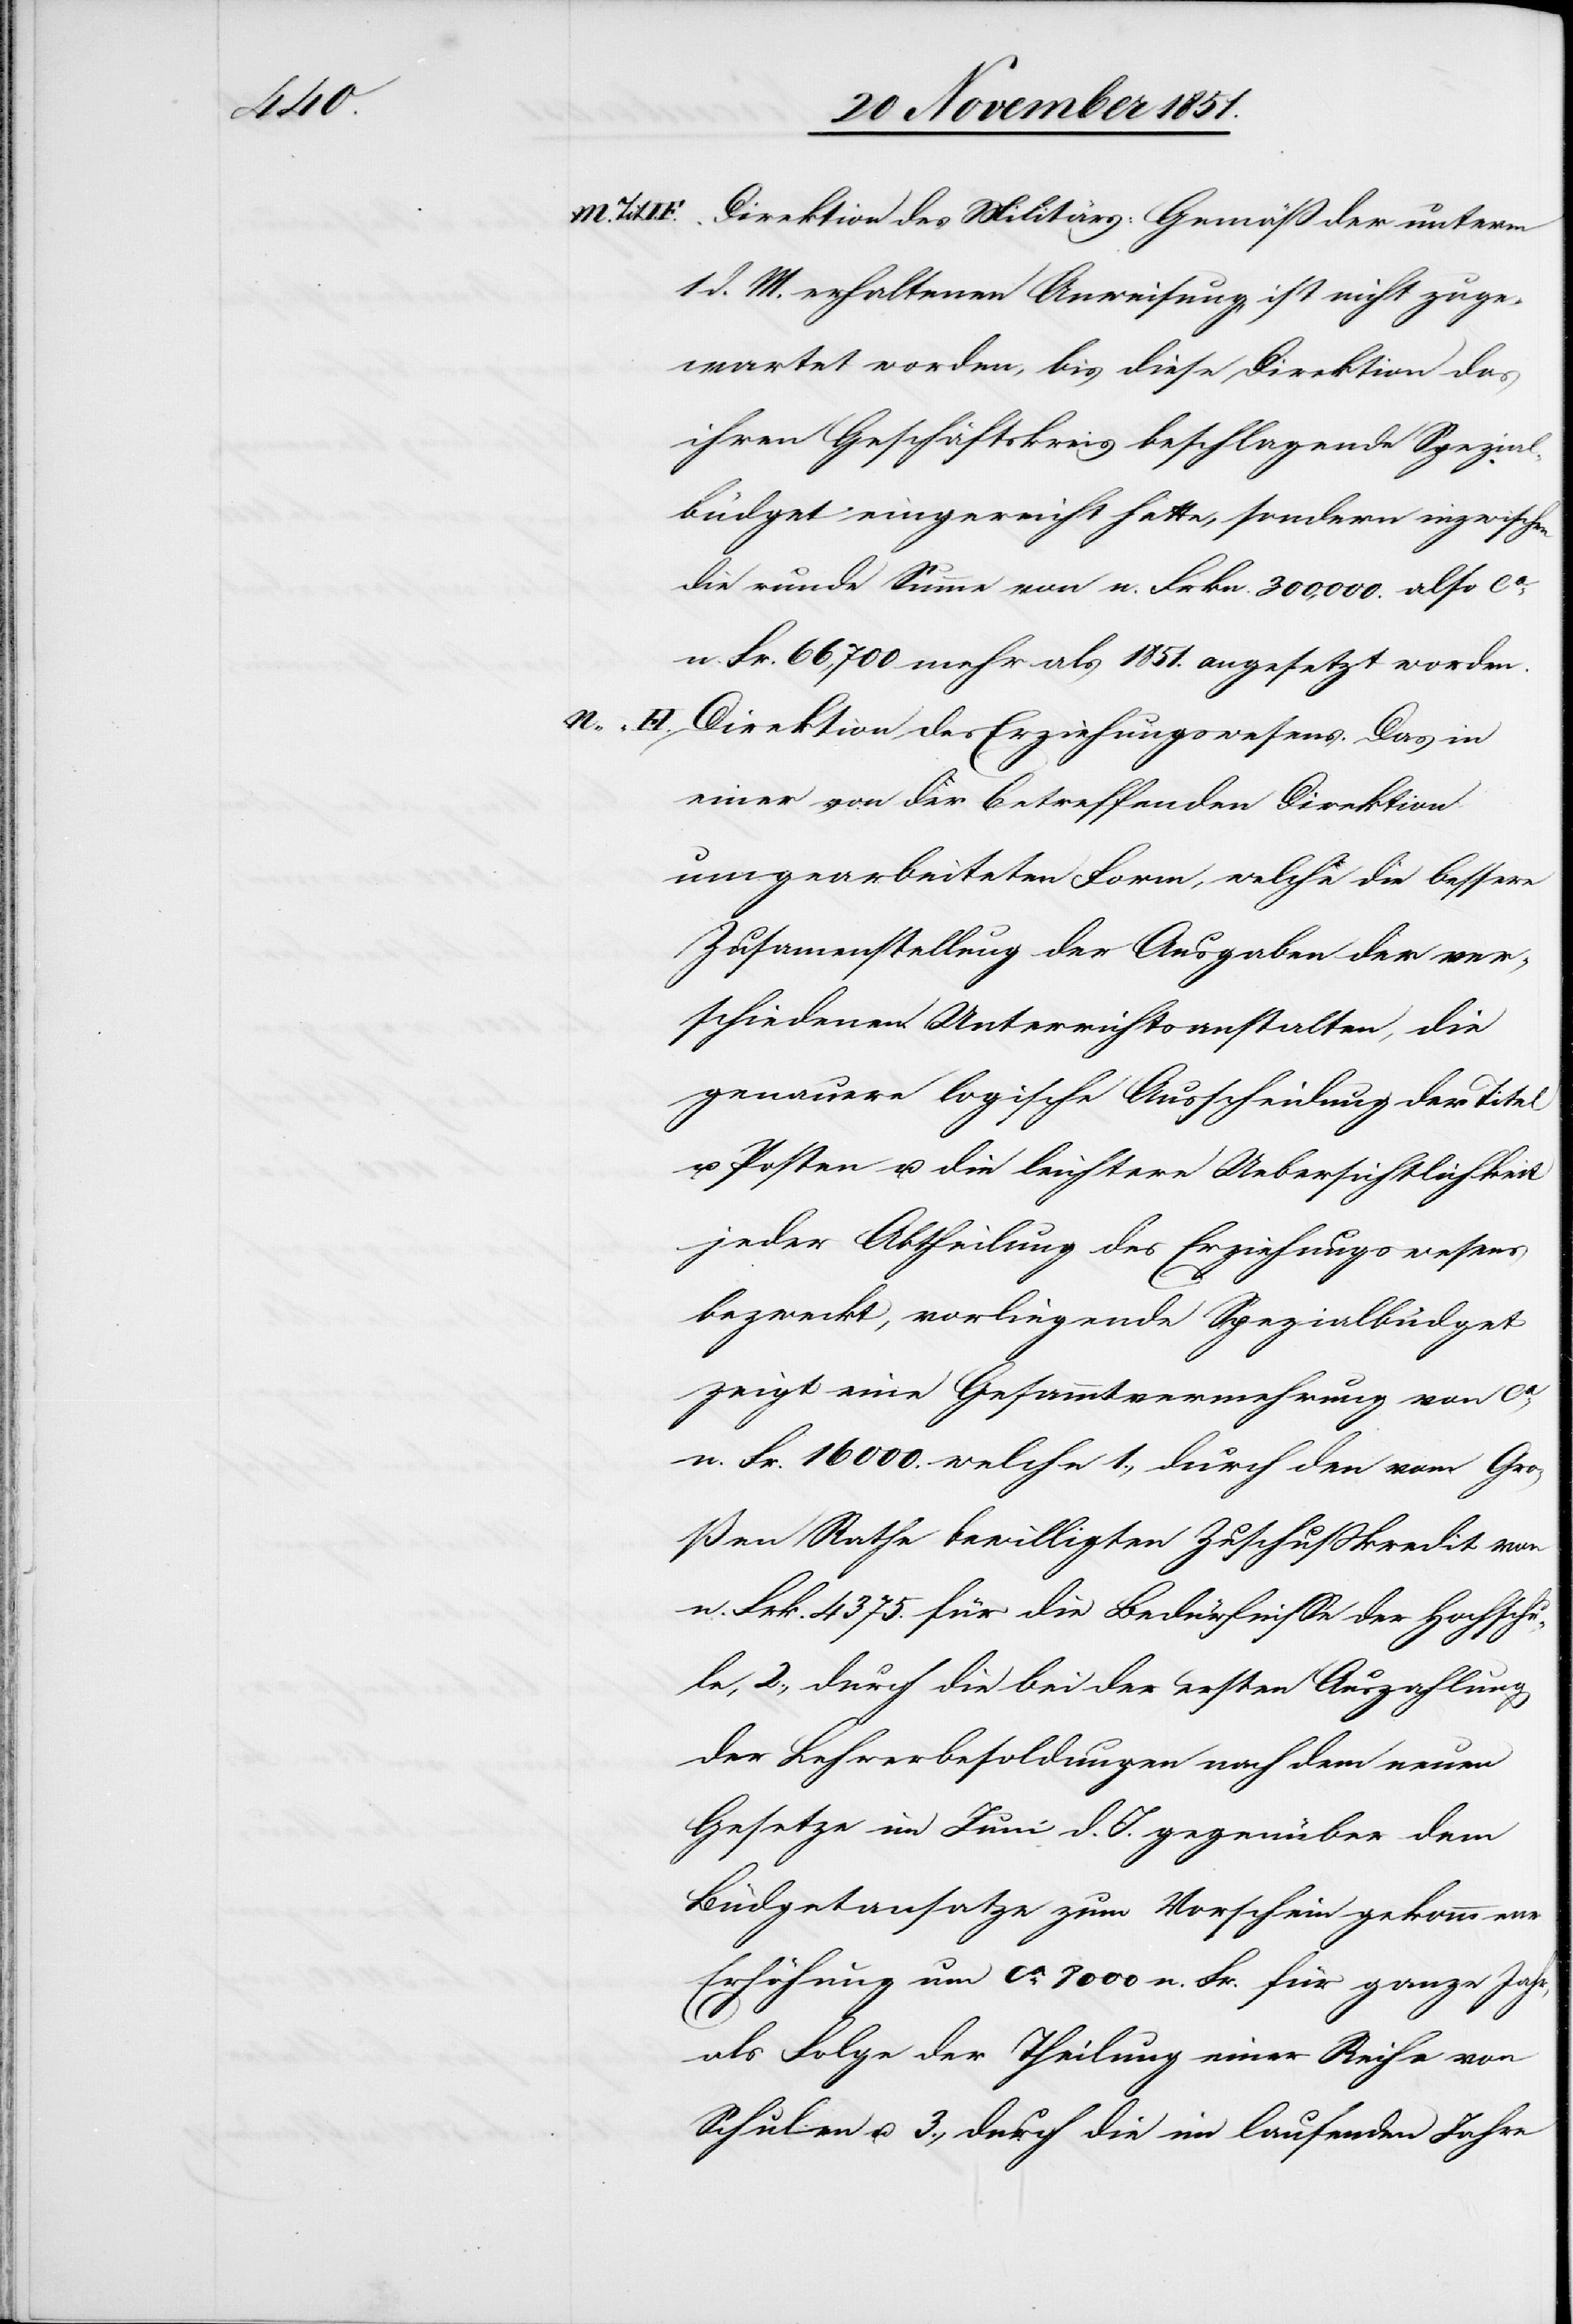
Direktion des Militärs: Gemäß der unterm
1 d. M. erhaltenen Anweisung, ist nicht zuge¬
wartet worden, bis diese Direktion das
ihren Geschäftskreis beschlagende Spezial¬
büdget eingereicht hatte, sondern inzwischen
die runde Summe von n. Frkn. 300,000. also ca.
n. Fr. 66,700 mehr als 1851. angesetzt worden.
Tit.
Direktion des Erziehungswesens. Das in
einer von der betreffenden Direktion
umgearbeiteten Form, welche die bessere
Zusam[m]enstellung der Ausgaben der ver¬
schiedenen Unterrichtsanstalten, die
genauere logische Ausscheidung der Titel
u. Posten u. die leichtere Uebersichtlichkeit
jeder Abtheilung des Erziehungswesens
bezweckt, vorliegende Spezialbüdget
zeigt eine Gesammtvermehrung von ca.
n. Fr. 16 000. welche 1., durch den vom Gro¬
ßen Rathe bewilligten Zuschußkredit von
n. Frk. 4375. für die Bedürfnisse der Hochschu¬
le, 2., durch die bei der ersten Auszahlung
der Lehrerbesoldungen nach dem neuen
Gesetze im Juni d. J. gegenüber dem
Büdgetansatze zum Vorschein gekommene
Erhöhung um ca. 8000 n. Fr. für [das] ganze
F.
als Folge der Theilung einer Reihe von
Schulen u. 3., durch die im laufenden Jahre